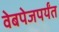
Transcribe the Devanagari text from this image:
वेबपेजपर्यंत